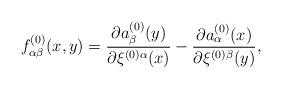
LaTeX: \begin{align*}f^{(0)}_{\alpha\beta} (x,y) = \frac{\partial a^{(0)}_\beta(y)} {\partial\xi^{(0)\alpha}(x)} - \frac{\partial a^{(0)}_\alpha(x)}{\partial \xi^{(0)\beta}(y)},\end{align*}